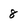
Character: 8